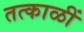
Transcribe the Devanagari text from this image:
तत्काळीं